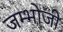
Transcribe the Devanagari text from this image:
जम्भोजी